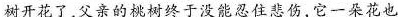
树开花了，父亲的桃树终于没能忍住悲伤，它一朵花也